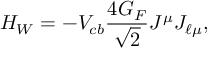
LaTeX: H _ { W } = - V _ { c b } \frac { 4 G _ { F } } { \sqrt 2 } J ^ { \mu } J _ { \ell \mu } ,